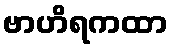
ဗာဟိရကထာ